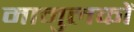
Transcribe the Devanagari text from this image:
मामुलकों